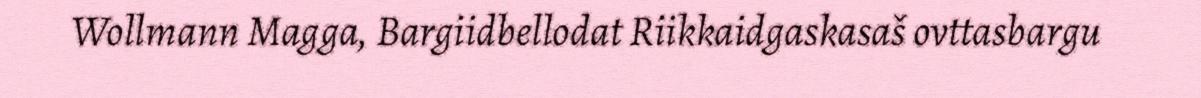
Wollmann Magga, Bargiidbellodat Riikkaidgaskasaš ovttasbargu